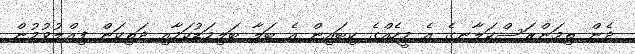
ދެން ތިމަންރަސްކަލާނގެ އެ މީހެއްގެ ކިބައިން އެ ބަލާ ބަލިމަޑުކަމާއި ދަތިކަން ފިއްލުވުމުން